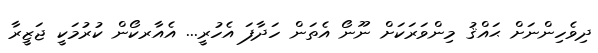
ދިވެހިންނަށް ޙައްޤު މިންވަރަކަށް ނޫނޯ އެތަން ހަދާފަ އެހުރީ... އެއާރކޯން ކުރުމަކީ ޖަޒީރާ